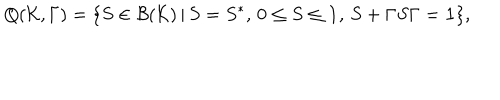
LaTeX: Q ( { \cal K } , \Gamma ) = \{ S \in { \cal B } ( { \cal K } ) \, | \, S = S ^ { * } , \, 0 \le S \le { \bf 1 } , \, S + \Gamma S \Gamma = { \bf 1 } \} ,